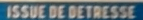
ISSUE DE DETERSSE